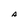
Character: A